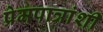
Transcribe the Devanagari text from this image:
प्रेमपात्रांशी